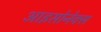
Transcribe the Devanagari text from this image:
आइसोनेक्स